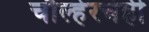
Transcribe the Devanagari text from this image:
चौल्हेरचेही